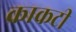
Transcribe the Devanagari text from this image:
क्राकटी